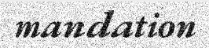
mandation